Indian journal of veterinary science and animal husbandry - Volume 3,
Year: 1933
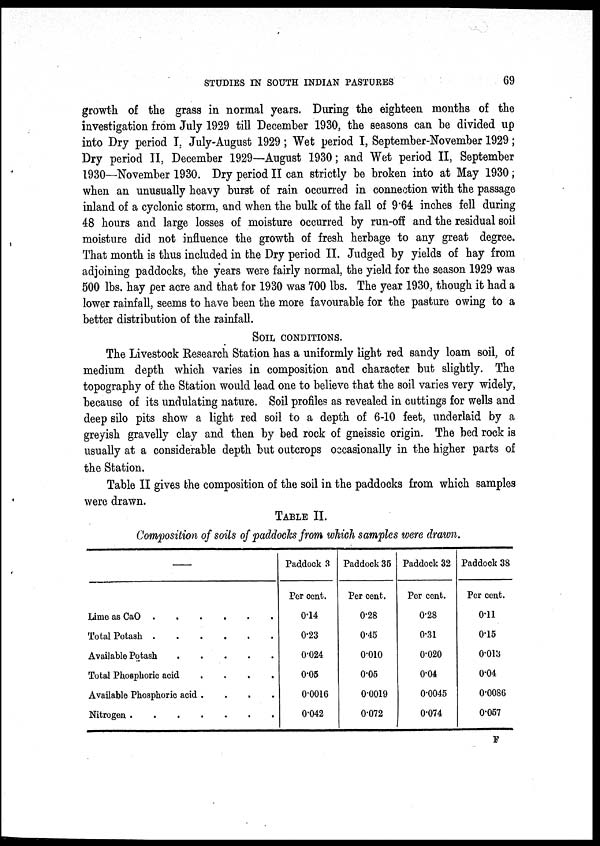
STUDIES IN SOUTH INDIAN PASTURES
69
growth of the grass in normal years. During the eighteen months of the
investigation from July 1929 till December 1930, the seasons can be divided up
into Dry period I, July-August 1929 ; Wet period I, September-November 1929;
Dry period II, December 1929—August 1930; and Wet period II, September
1930—November 1930. Dry period II can strictly be broken into at May 1930;
when an unusually heavy burst of rain occurred in connection with the passage
inland of a cyclonic storm, and when the bulk of the fall of 9.64 inches fell during
48 hours and large losses of moisture occurred by run-off and the residual soil
moisture did not influence the growth of fresh herbage to any great degree.
That month is thus included in the Dry period II. Judged by yields of hay from
adjoining paddocks, the years were fairly normal, the yield for the season 1929 was
500 lbs. hay per acre and that for 1930 was 700 lbs. The year 1930, though it had a
lower rainfall, seems to have been the more favourable for the pasture owing to a
better distribution of the rainfall.
SOIL CONDITIONS.
The Livestock Research Station has a uniformly light red sandy loam soil, of
medium depth which varies in composition and character but slightly. The
topography of the Station would lead one to believe that the soil varies very widely,
because of its undulating nature. Soil profiles as revealed in cuttings for wells and
deep silo pits show a light red soil to a depth of 6-10 feet, underlaid by a
greyish gravelly clay and then by bed rock of gneissic origin. The bed rock is
usually at a considerable depth but outcrops occasionally in the higher parts of
the Station.
Table II gives the composition of the soil in the paddocks from which samples
were drawn.
TABLE II.
Composition of soils of paddocks from which samples were drawn.
—
Lime as CaO
Total Potash
Available Potash
Total Phosphoric acid
....
Available Phosphoric acid
....
Nitrogen
Paddock 3
Per cent.
0.14
0.23
0.024
0.05
0.0016
0.042
Paddock 35
Per cent.
0.28
0.45
0.010
0.05
0.0019
0.072
Paddock 32
Per cent.
0.28
0.31
0.020
0.04
0.0045
0.074
Paddock 38
Per cent.
0.11
0.15
0.013
0.04
0.0086
0.057
F